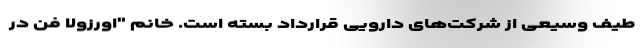
طیف وسیعی از شرکت‌های دارویی قرارداد بسته است. خانم "اورزولا فن در